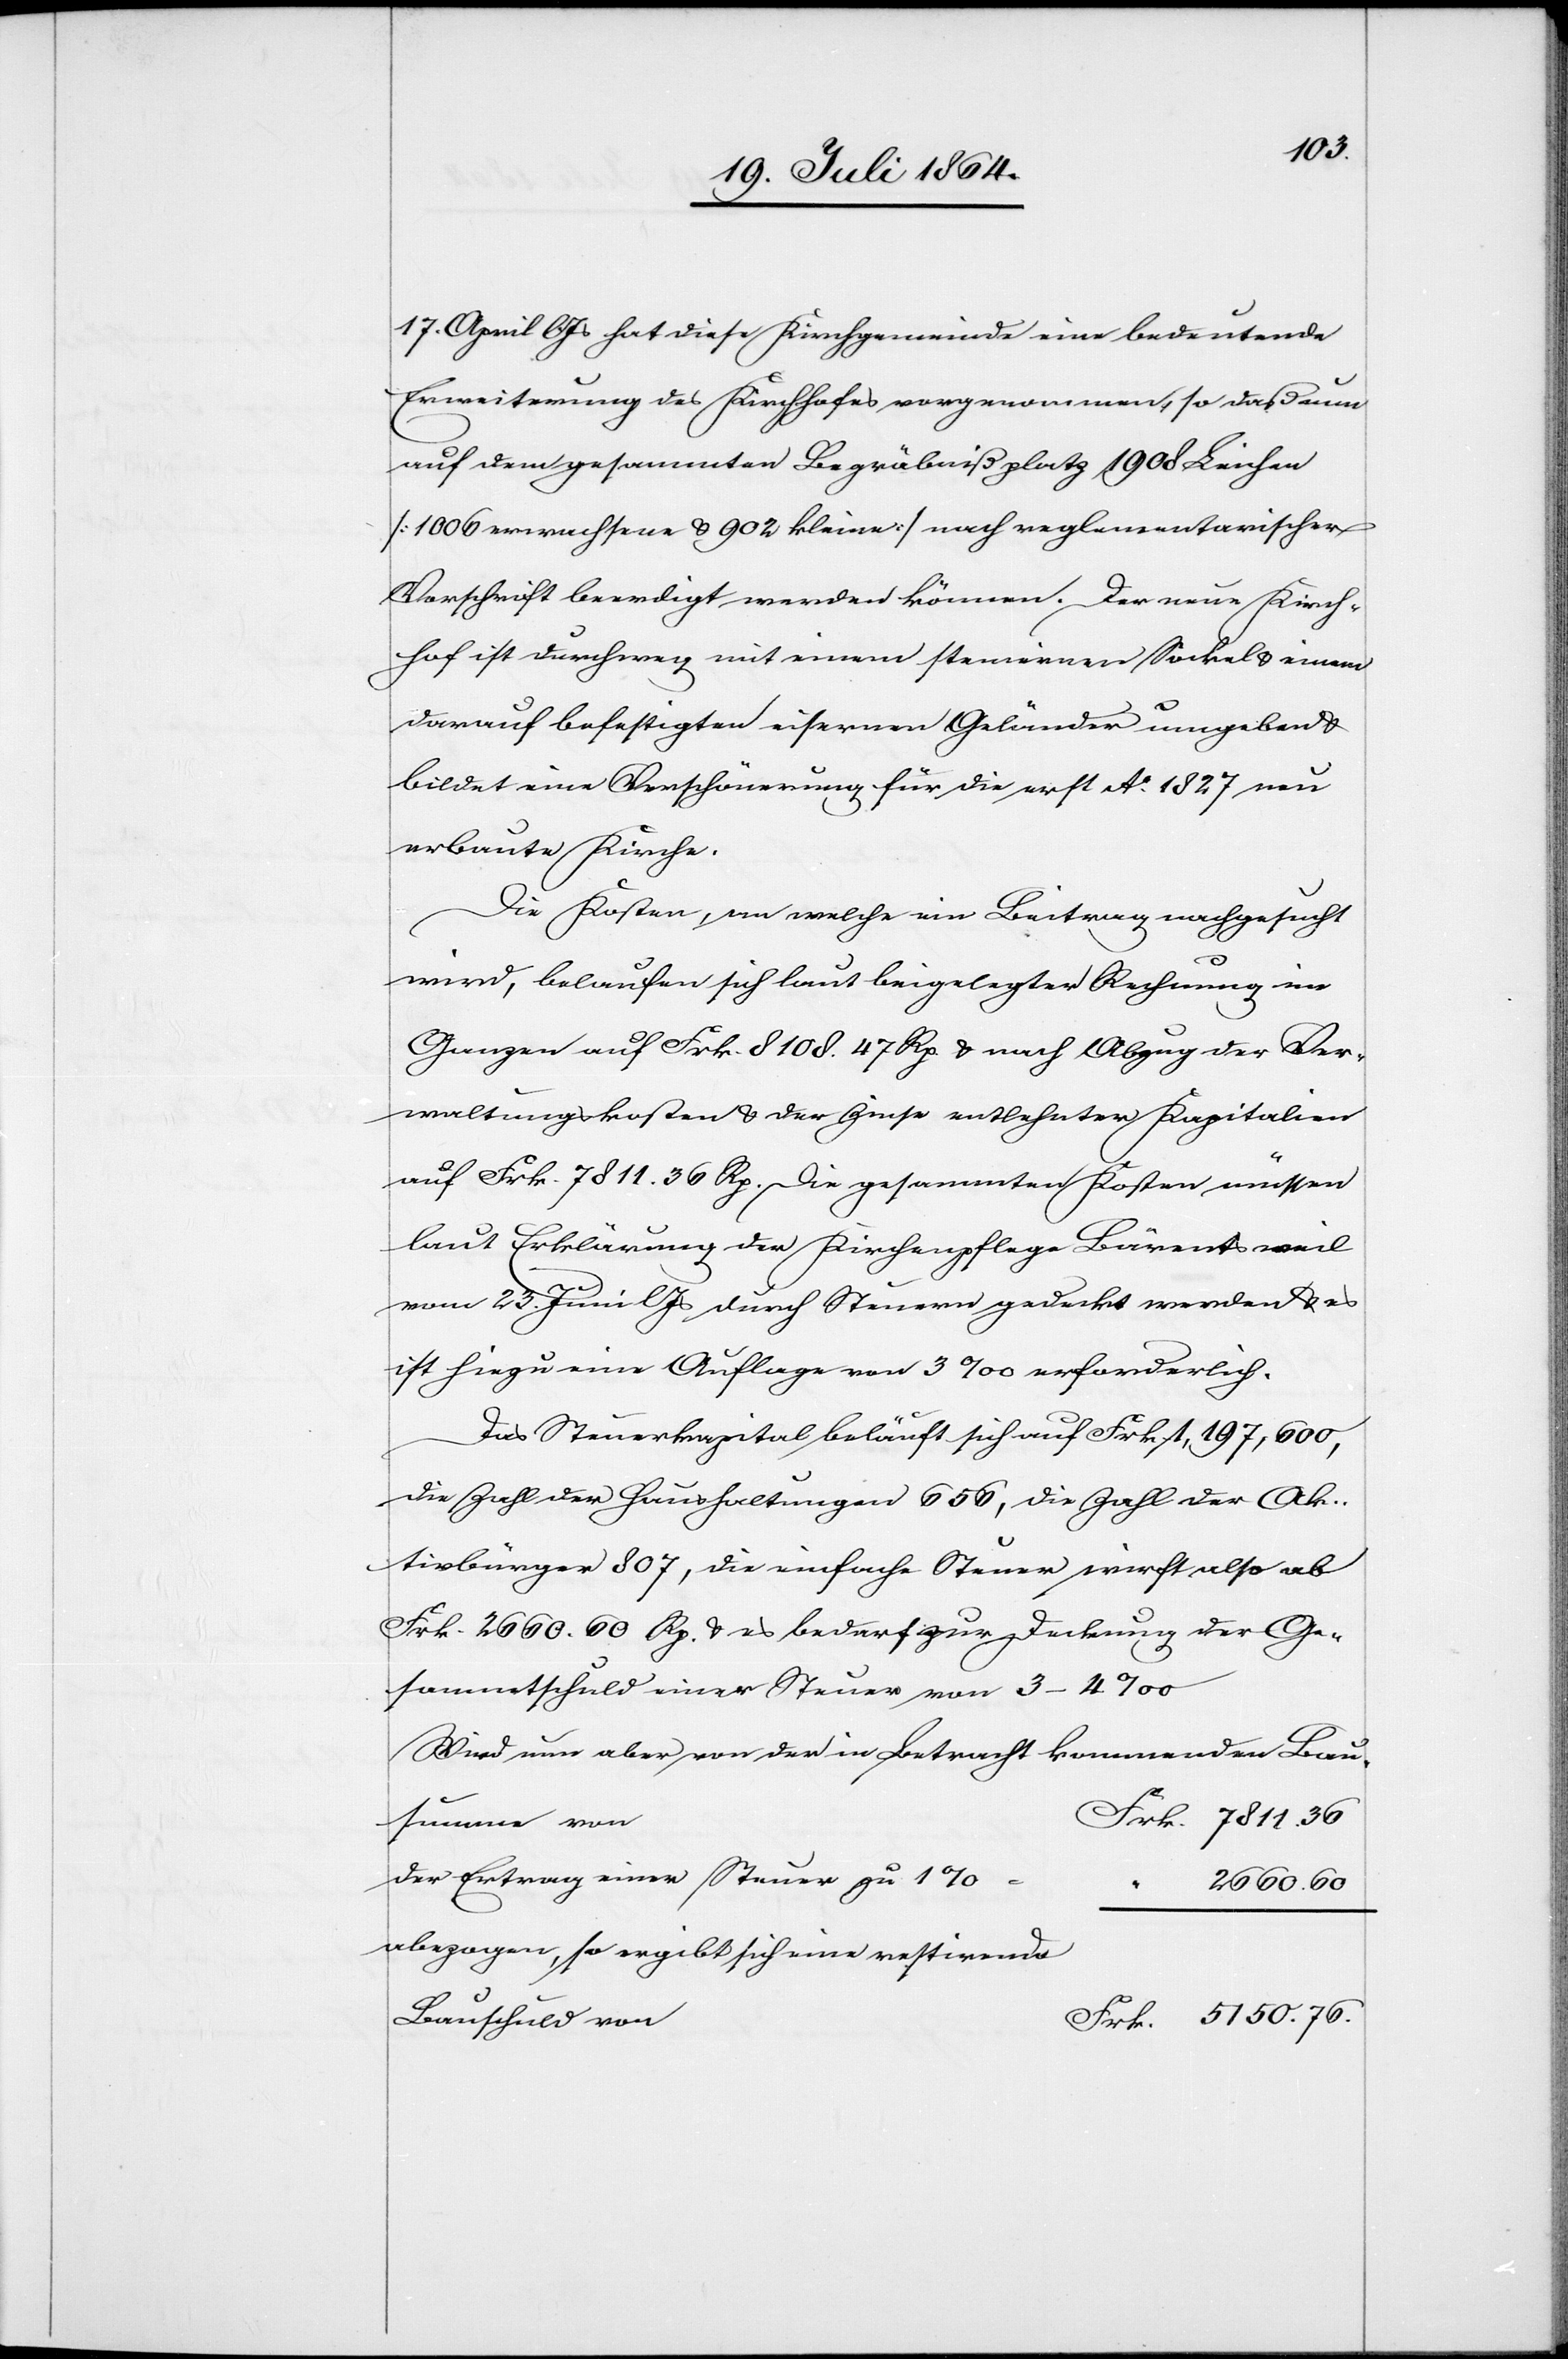
17. April l. Js. hat diese Kirchgemeinde eine bedeutende
Erweiterung des Kirchhofes vorgenommen, so daß nun
auf dem gesammten Begräbnißplatz 1908 Leichen
[1006 erwachsene u. 902 kleine] nach reglementarischer
Vorschrift beerdigt werden können. Der neue Kirch¬
hof ist durchweg mit einem steinernen Sockel u. einem
darauf befestigten eisernen Geländer umgeben u.
bildet eine Verschönerung für die erst dto 1827 neu
erbaute Kirche.
Die Kosten, an welche ein Beitrag nachgesucht
“
wird, belaufen sich laut beigelegter Rechnung im
Ganzen auf Frk. 8108.47 Rp u. nach Abzug der Ver¬
waltungskosten u. der Zinse entlehnter Kapitalien
auf Frk. 7811.36 Rp. Die gesammten Kosten müssen
laut Erklärung der Kirchenpflege Bärentsweil
vom 23. Juni l. Js. durch Steuern gedeckt werden u. es
ist hierzu eine Auflage von 3‰ erforderlich.
Das Steuerkapital beläuft sich auf Frk. 1,197,600,
die Zahl der Haushaltungen 656, die Zahl der Ak¬
tivbürger 807, die einfache Steuer wirft also ab
Frk. 2660.60 Rp. u. es bedarf zur Deckung der Ge¬
sammtschuld einer Steuer von 3–4‰[.]
Wird nun aber von der in Betracht kommenden Bau¬
Frk. 7811.36
summe von
der Ertrag einer Steuer zu 1%
abgezogen, so ergibt sich eine restirende